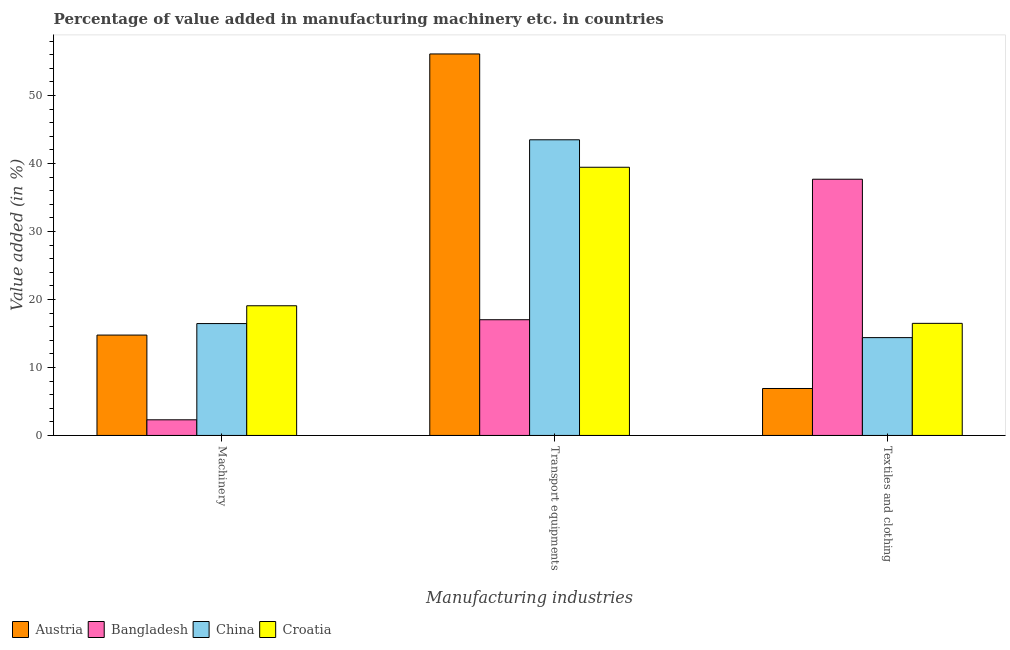
| Manufacturing industries | Austria | Bangladesh | China | Croatia |
 | --- | --- | --- | --- | --- |
 | Machinery | 14.8 | 2.3 | 16.5 | 19.1 |
 | Transport equipments | 56.1 | 17 | 43.5 | 39.4 |
 | Textiles and clothing | 6.91 | 37.7 | 14.4 | 16.5 |